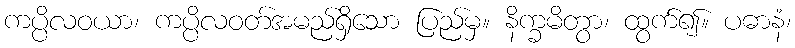
ကပ္ပိလဝယာ၊ ကပ္ပိလဝတ်အမည်ရှိသော ပြည်မှ။ နိက္ခမိတွာ၊ ထွက်၍။ ပဓာနံ၊